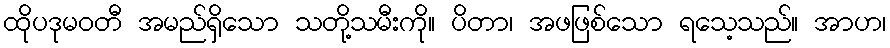
ထိုပဒုမဝတီ အမည်ရှိသော သတို့သမီးကို။ ပိတာ၊ အဖဖြစ်သော ရသေ့သည်။ အာဟ၊